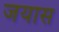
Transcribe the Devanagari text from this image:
जयास